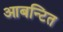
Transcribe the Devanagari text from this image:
आबन्टित